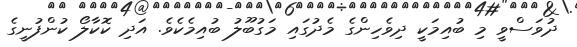
ދުވަސްވީ މި ބުއިމަކީ ދިވެހިންގެ މެދުގައި މަގުބޫލު ބުއިމެކެވެ. އަދި ކޮކާލޯ ކުންފުނީގެ